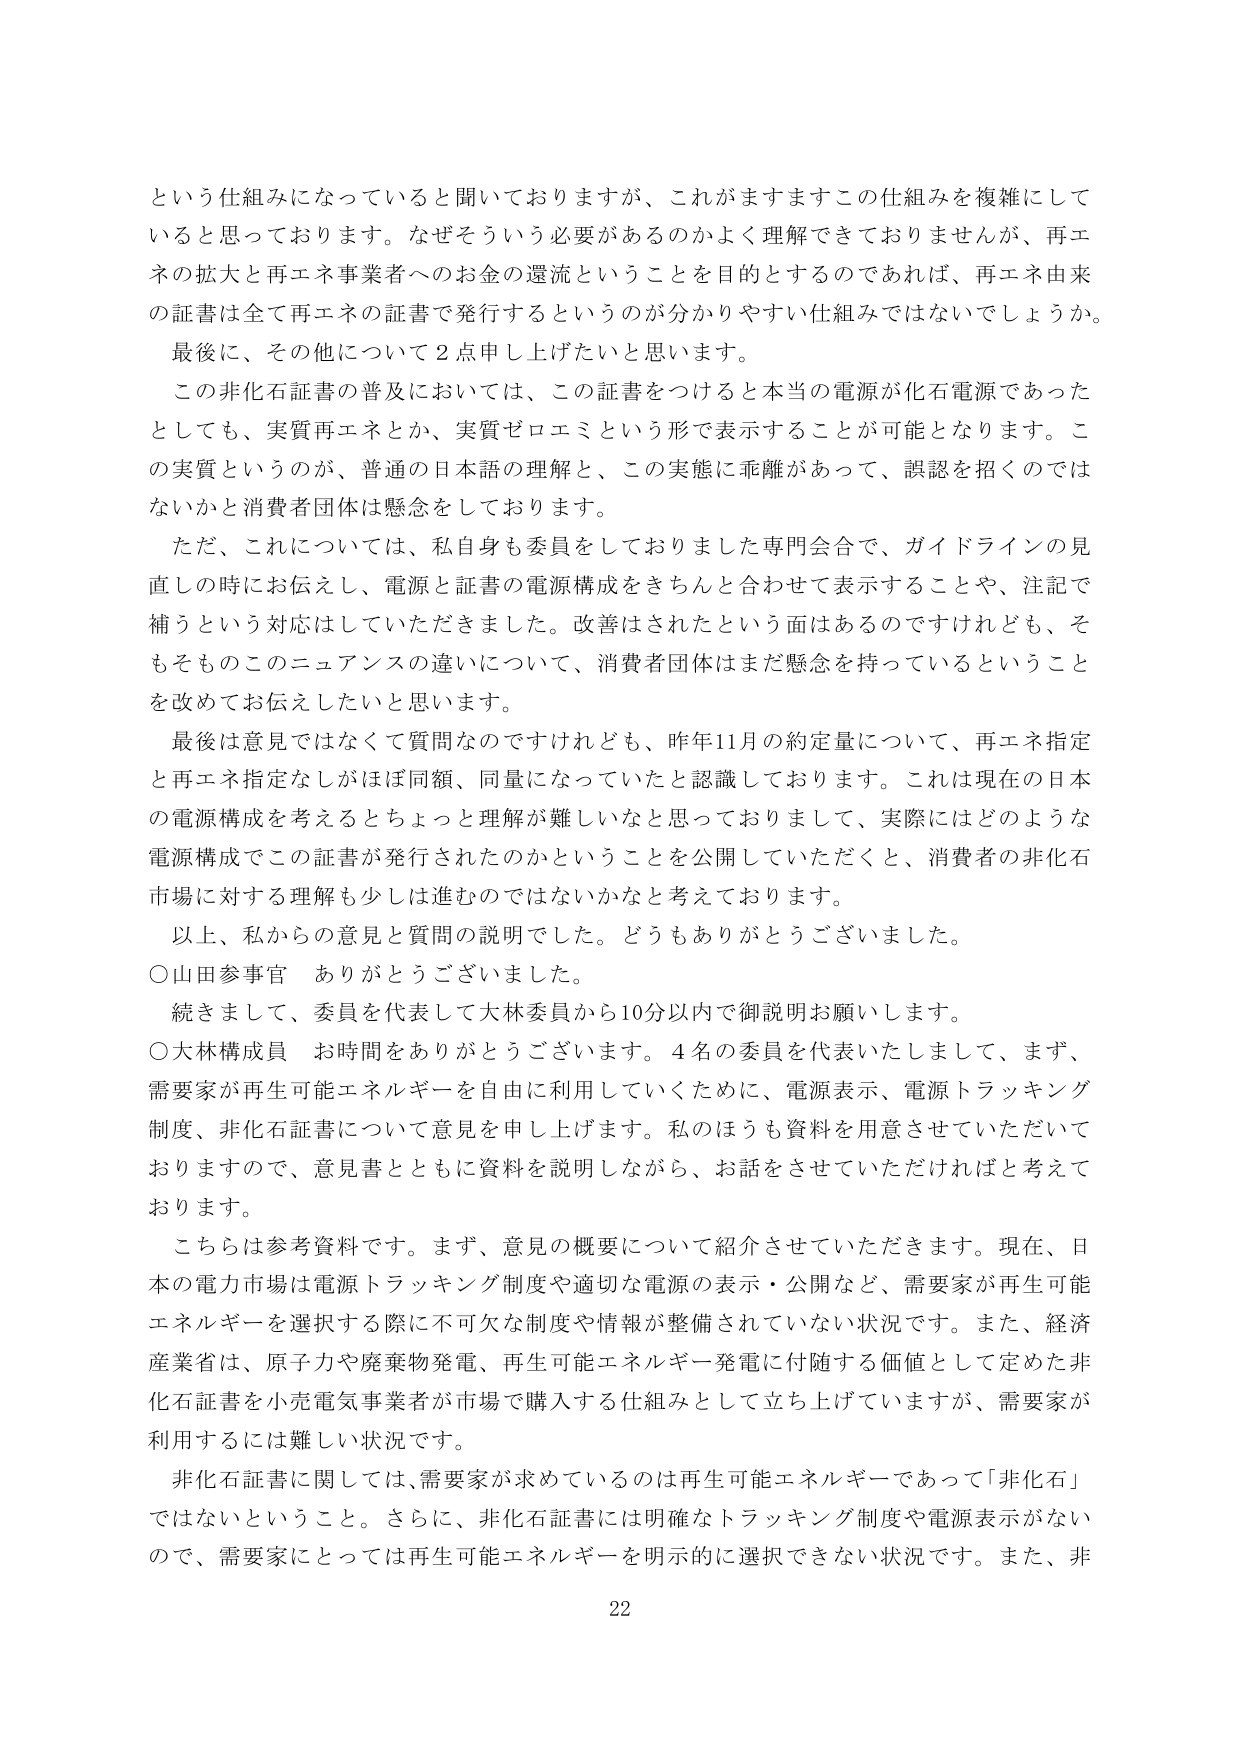
という仕組みになっていると聞いておりますが、これがますますこの仕組みを複雑にして
いると思っております。なぜそういう必要があるのかよく理解できておりませんが、再エネの拡大と再エネ事業者へのお金の還流ということを目的とするのであれば、再エネ由来の証書は全て再エネの証書で発行するというのが分かりやすい仕組みではないでしょうか。
最後に、その他について2点申し上げたいと思います。
この非化石証書の普及においては、この証書をつけると本当の電源が化石電源であったとしても、実質再エネとか、実質ゼロエミという形で表示することが可能となります。この実質というのが、普通の日本語の理解と、この実態に乖離があって、誤認を招くのではないかと消費者団体は懸念しております。
ただ、これについては、私自身も委員をしておりました専門会合で、ガイドラインの見直しの時にお伝えし、電源と証書の電源構成をきちんと合わせて表示することや、注記で補うという対応はしていただきました。改善はされたという面はあるのですけれども、そもそもこのニュアンスの違いについて、消費者団体はまだ懸念を持っているということを改めてお伝えしたいと思います。
最後は意見ではなくて質問なのですがけれども、昨年11月の約定量について、再エネ指定と再エネ指定なしがほぼ同額、同量になっていたと認識しております。これは現在の日本の電源構成を考えるときちょっと理解が難しいなと思っておりまして、実際にはどのような電源構成でこの証書が発行されたのかということを公開していただくと、消費者の非化石市場に対する理解も少しは進むのではないかと考えております。
以上、私からの意見と質問の説明でした。どうもありがとうございました。
○山田参事官　ありがとうございました。
続きまして、委員を代表して大林委員から10分以内で御説明お願いします。
○大林構成員　お時間をありがとうございます。4名の委員を代表いたしまして、まず、需要家が再生可能エネルギーを自由に利用していくために、電源表示、電源トラッキング制度、非化石証書について意見を申し上げます。私のほうも資料を用意させていただいておりますので、意見書とともに資料を説明しながら、お話をさせていただければと考えております。
こちらは参考資料です。まず、意見の概要について紹介させていただきます。現在、日本の電力市場は電源トラッキング制度や適切な電源の表示・公開など、需要家が再生可能エネルギーを選択する際に不可欠な制度や情報が整備されていない状況です。また、経済産業省は、原子力や廃棄物発電、再生可能エネルギー発電に付随する価値として定めた非化石証書を小売電気事業者が市場で購入する仕組みとして立ち上げていますが、需要家が利用するには難しい状況です。
非化石証書に関しては、需要家が求めているのは再生可能エネルギーであって「非化石」ではないということ。さらに、非化石証書には明確なトラッキング制度や電源表示がないので、需要家にとっては再生可能エネルギーを明示的に選択できない状況です。また、非
22